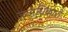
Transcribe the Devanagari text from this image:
जनाधिकारी